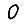
Digit: 0